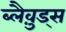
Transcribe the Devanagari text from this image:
ब्लैव़ुड्स